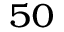
_ { 5 0 }